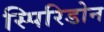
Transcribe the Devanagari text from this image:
स्पिरिडोन